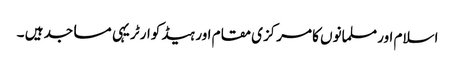
اسلام اور مسلمانوں کا مرکزی مقام اور ہیڈ کوارٹر یہی مساجد ہیں ۔